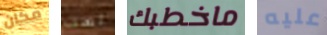
مكان لست ماخطبك عليه